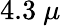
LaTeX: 4.3\ \mu